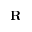
\mathbf { R }